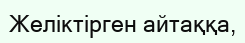
Желіктірген айтаққа,